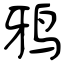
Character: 鸦